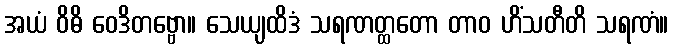
အယံ ဝိဓိ ဝေဒိတဗ္ဗော။ သေယျထိဒံ သရဏတ္ထတော တာဝ ဟိံသတီတိ သရဏံ။